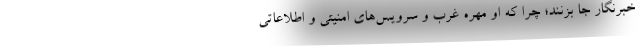
خبرنگار جا بزنند؛ چرا که او مهره غرب و سرویس‌های امنیتی و اطلاعاتی